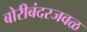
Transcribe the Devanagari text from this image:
बोरीबंदरजवळ